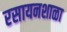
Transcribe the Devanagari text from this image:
रसायनशाळा